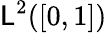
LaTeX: \mathsf{L}^{2}([0,1])